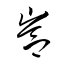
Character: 峇